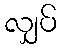
လျှပ်